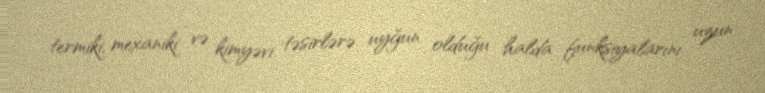
termiki, mexaniki və kimyəvi təsirlərə uyğun olduğu halda funksiyalarını uzun